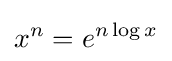
x^{n}=e^{n\log x}